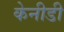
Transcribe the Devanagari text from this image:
केनीडी